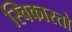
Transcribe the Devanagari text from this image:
स्विकारतो